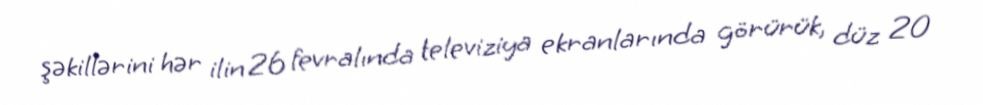
şəkillərini hər ilin 26 fevralında televiziya ekranlarında görürük, düz 20